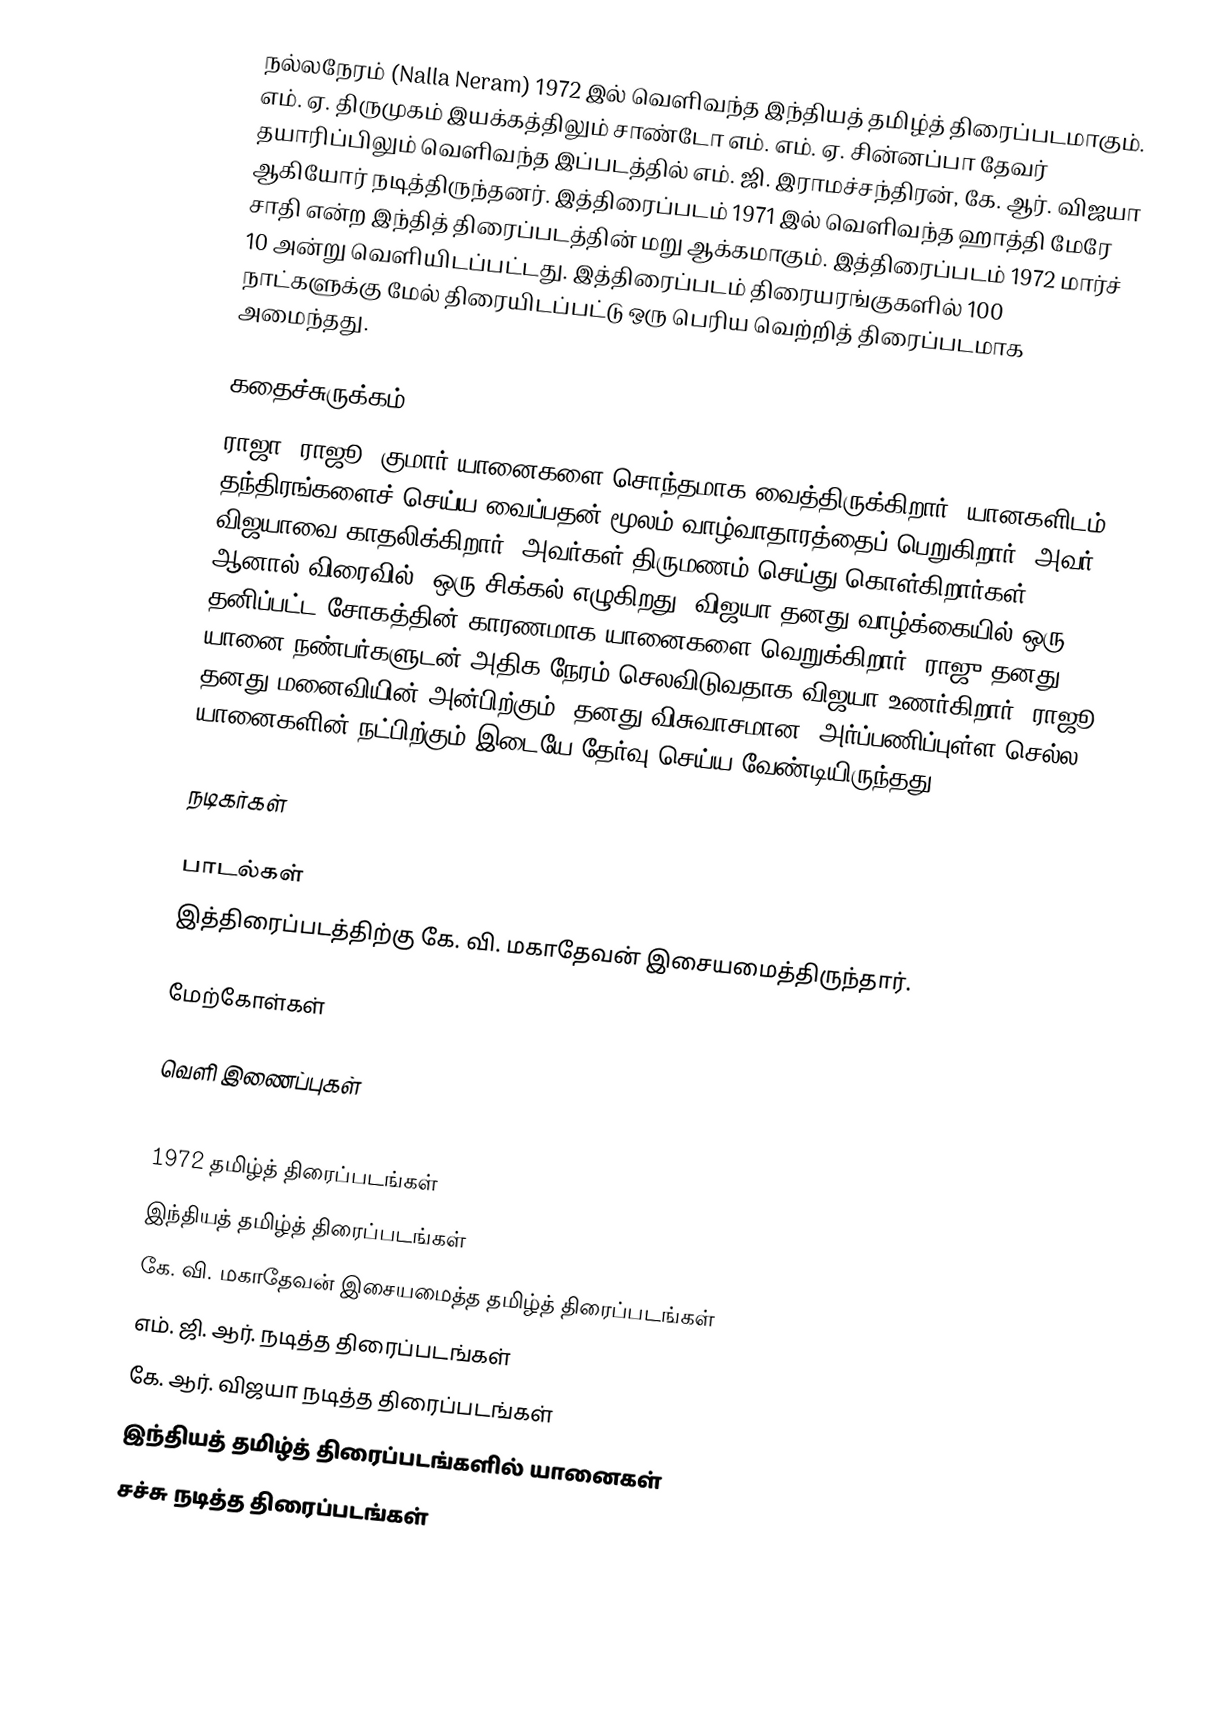
நல்லநேரம் (Nalla Neram) 1972 இல் வெளிவந்த இந்தியத் தமிழ்த் திரைப்படமாகும். எம். ஏ. திருமுகம் இயக்கத்திலும் சாண்டோ எம். எம். ஏ. சின்னப்பா தேவர் தயாரிப்பிலும் வெளிவந்த இப்படத்தில் எம். ஜி. இராமச்சந்திரன், கே. ஆர். விஜயா ஆகியோர் நடித்திருந்தனர். இத்திரைப்படம் 1971 இல் வெளிவந்த  ஹாத்தி மேரே சாதி என்ற இந்தித் திரைப்படத்தின் மறு ஆக்கமாகும். இத்திரைப்படம் 1972 மார்ச் 10 அன்று வெளியிடப்பட்டது. இத்திரைப்படம் திரையரங்குகளில் 100 நாட்களுக்கு மேல் திரையிடப்பட்டு ஒரு பெரிய வெற்றித் திரைப்படமாக அமைந்தது.

கதைச்சுருக்கம்
ராஜா "ராஜூ" குமார் யானைகளை சொந்தமாக வைத்திருக்கிறார். யானகளிடம் தந்திரங்களைச் செய்ய வைப்பதன் மூலம் வாழ்வாதாரத்தைப் பெறுகிறார். அவர் விஜயாவை காதலிக்கிறார். அவர்கள் திருமணம் செய்து கொள்கிறார்கள். ஆனால் விரைவில், ஒரு சிக்கல் எழுகிறது. விஜயா தனது வாழ்க்கையில் ஒரு தனிப்பட்ட சோகத்தின் காரணமாக யானைகளை வெறுக்கிறார். ராஜு தனது யானை நண்பர்களுடன் அதிக நேரம் செலவிடுவதாக விஜயா உணர்கிறார். ராஜூ தனது மனைவியின் அன்பிற்கும், தனது விசுவாசமான, அர்ப்பணிப்புள்ள செல்ல யானைகளின் நட்பிற்கும் இடையே தேர்வு செய்ய வேண்டியிருந்தது.

நடிகர்கள்

பாடல்கள்
இத்திரைப்படத்திற்கு கே. வி. மகாதேவன் இசையமைத்திருந்தார்.

மேற்கோள்கள்

வெளி இணைப்புகள்

1972 தமிழ்த் திரைப்படங்கள்
இந்தியத் தமிழ்த் திரைப்படங்கள்
கே. வி. மகாதேவன் இசையமைத்த தமிழ்த் திரைப்படங்கள்
எம். ஜி. ஆர். நடித்த திரைப்படங்கள்
கே. ஆர். விஜயா நடித்த திரைப்படங்கள்
இந்தியத் தமிழ்த் திரைப்படங்களில் யானைகள்
சச்சு நடித்த திரைப்படங்கள்